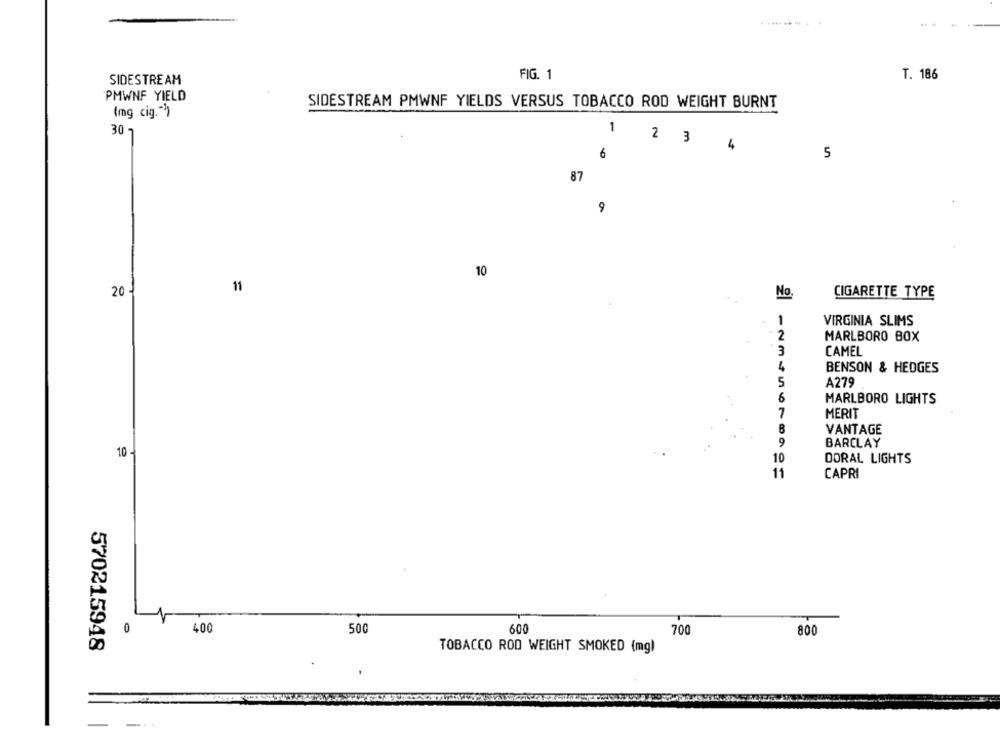
FIG. 1
SIDESTREAM
T. 186
PMWNF YIELD
SIDESTREAM PMWNF YIELDS VERSUS TOBACCO ROD WEIGHT BURNT
(mg cig."')
1
30
2 3
4
6
5
87
9
10
20 -
11
No
CIGARETTE TYPE
VIRGINIA SLIMS
2
MARLBORO BOX
3
CAMEL
BENSON & HEDGES
5
A279
6
MARLBORO LIGHTS
7
MERIT
VANTAGE
9
BARCLAY
10 -
10
DORAL LIGHTS
11
CAPRI
0
400
500
600
700
800
570215948
TOBACCO ROD WEIGHT SMOKED (mg)